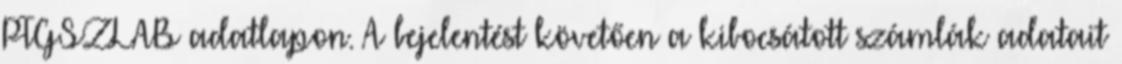
PTGSZLAB adatlapon. A bejelentést követően a kibocsátott számlák adatait